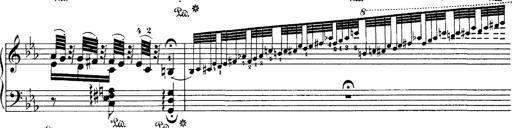
Title: Hungarian Rhapsody No.4
Composer: Franz Liszt
Key: E-flat major